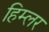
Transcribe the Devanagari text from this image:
हिम्लर